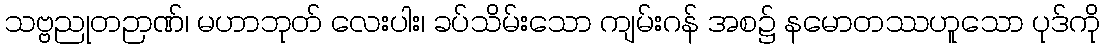
သဗ္ဗညုတဉာဏ်၊ မဟာဘုတ် လေးပါး၊ ခပ်သိမ်းသော ကျမ်းဂန် အစ၌ နမောတဿဟူသော ပုဒ်ကို